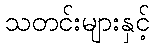
သတင်းများနှင့်